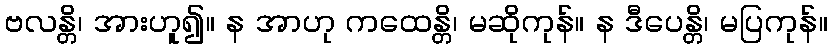
ဗလန္တိ၊ အားဟူ၍။ န အာဟု ကထေန္တိ၊ မဆိုကုန်။ န ဒီပေန္တိ၊ မပြကုန်။